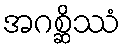
အဂစ္ဆိဿံ